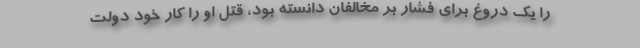
را یک دروغ برای فشار بر مخالفان دانسته بود، قتل او را کار خود دولت